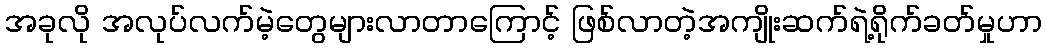
အခုလို အလုပ်လက်မဲ့တွေများလာတာကြောင့် ဖြစ်လာတဲ့အကျိုးဆက်ရဲ့ရိုက်ခတ်မှုဟာ